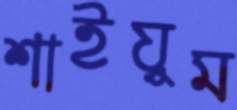
শাইয়ুম